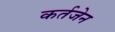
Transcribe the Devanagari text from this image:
कर्तजेन